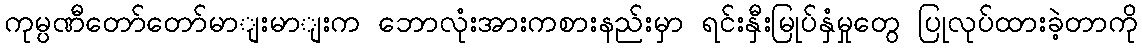
ကုမ္ပဏီတော်တော်မာျးမာျးက ဘောလုံးအားကစားနည်းမှာ ရင်းနှီးမြုပ်နှံမှုတွေ ပြုလုပ်ထားခဲ့တာကို